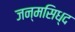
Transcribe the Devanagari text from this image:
जन्मसिध्द